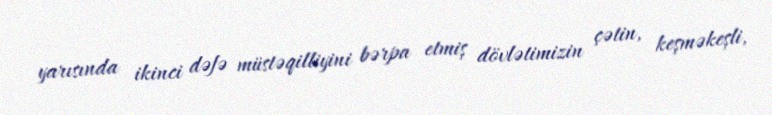
yarısında ikinci dəfə müstəqilliyini bərpa etmiş dövlətimizin çətin, keşməkeşli,